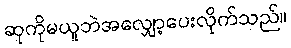
ဆုကိုမယူဘဲအလျှော့ပေးလိုက်သည်။